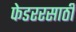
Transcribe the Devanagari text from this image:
फेडररसाठी